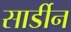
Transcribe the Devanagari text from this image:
सार्डीन